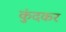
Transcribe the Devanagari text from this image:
कुंदकर